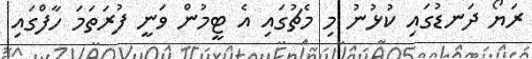
ރަޔޯ ދަނޑުގައި ކުޅުނު މި މެޗުގައި އެ ޓީމުން ވަނީ ފުރަތަމަ ހާފްގައި